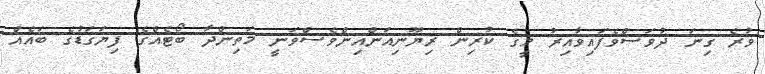
ވުރެ ގިނަ ދުވަސްވެފައިވާއިރު މީގެ ކުރިން ރިޔޫނިއަންއިންވެސްވަނީ މަތިންދާ ބޯޓެއްގެ ފިޔަގަޑުގެ ބައެއް